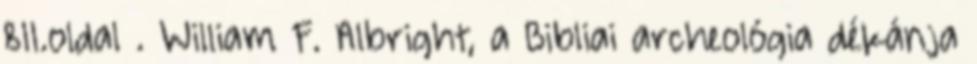
811.oldal . William F. Albright, a Bibliai archeológia dékánja